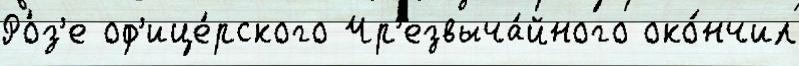
Ро́з'е оф'ице́рского Чр'езвыча́йного око́нчил